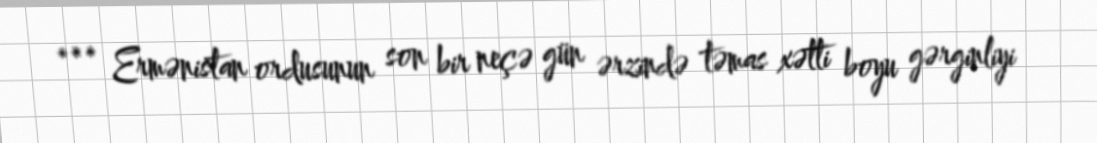
*** Ermənistan ordusunun son bir neçə gün ərzində təmas xətti boyu gərginliyi